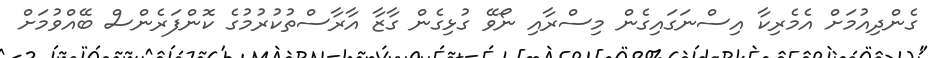
ގެންދިއުމަށް އެމެރިކާ އިސްނަގައިގެން މިސްރާއި ނޯވޭ ގުޅިގެން ގާޒާ އާރާސްތުކުރުމުގެ ކޮންފަރެންސް ބޭއްވުމަށް